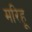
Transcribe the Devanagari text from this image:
मरिहू